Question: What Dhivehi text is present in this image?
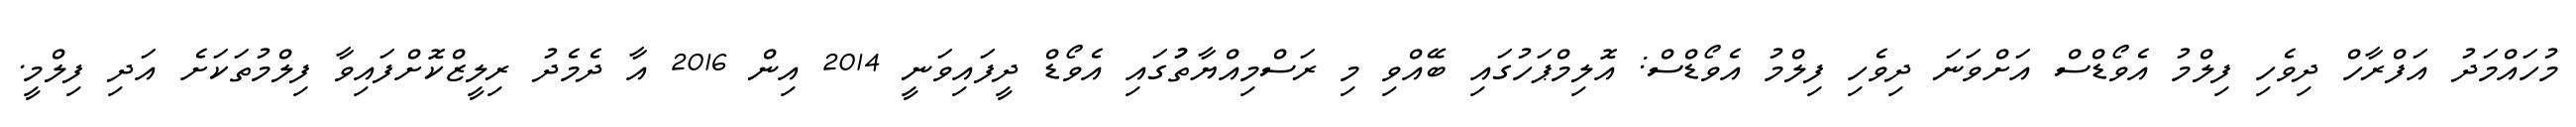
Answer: މުހައްމަދު އަފްރާހް ދިވެހި ފިލްމު އެވޯޑްސް އަށްވަނަ ދިވެހި ފިލްމު އެވޯޑްސް: އޮލިމްޕަހުގައި ބޭއްވި މި ރަސްމިއްޔާތުުގައި އެވޯޑް ދީފައިވަނީ 2014 އިން 2016 އާ ދެމެދު ރިލީޒްކޮށްފައިވާ ފިލްމުތަކަށެ އަދި ފިލްމީ.